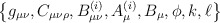
\begin{align*}\left\{g_{\mu\nu}, C_{\mu\nu\rho}, B^{(i)}_{\mu\nu}, A^{(i)}_\mu,B_\mu, \phi, k, \ell\right\}\end{align*}